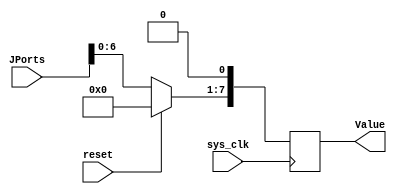
//////////////////////////////////////////////////////////////////////////////////
// Description: 
//		Generates a PWM signal based on switch inputs.
//
// Revision: 		1.0
// Additional Comments: 
//
//////////////////////////////////////////////////////////////////////////////////

`timescale 1ns / 1ps

module read_potentiometer (
	input reset,
	input sys_clk,
	input [7:0] JPorts,
	output [7:0] Value
	);
	
	reg [7:0] val_out;
	
	//Get the ADC value from JPorts
	always @ (posedge sys_clk)
	begin
		if(reset)
		begin
			val_out <= 8'b00000000;
		end
		else
		begin
			val_out[7:1] <= JPorts[6:0];
			val_out[0] <= 0;
		end
	end
	
	assign Value[7:0] = val_out[7:0];

endmodule